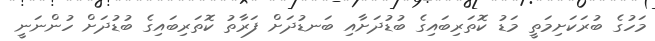
މަހުގެ ބުރަކަށިމަތީ މަޑު ކޮތަރިބައިގެ ބުޑުދަށާއި ބަނޑުދަށް ފަރާތު ކޮތަރިބައިގެ ބުޑުދަށް ހުންނަނީ